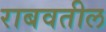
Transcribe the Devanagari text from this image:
राबवतील